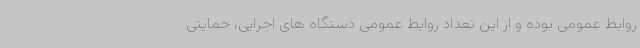
روابط عمومی بوده و از این تعداد روابط عمومی دستگاه های اجرایی، حمایتی